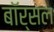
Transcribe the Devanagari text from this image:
बॉर्सल